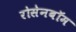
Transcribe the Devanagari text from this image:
रोसेनबॉम